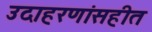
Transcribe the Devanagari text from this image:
उदाहरणांसहीत